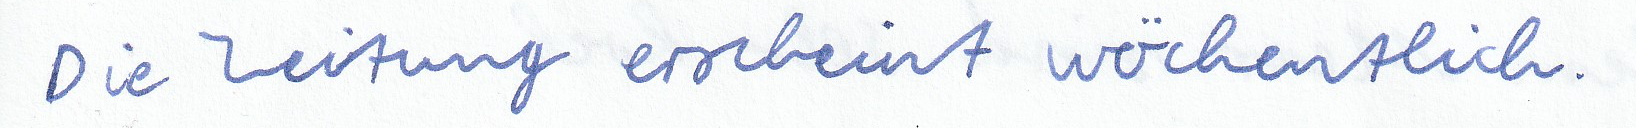
Die Zeitung erscheint wöchentlich.